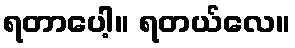
ရတာပေါ့။ ရတယ်လေ။